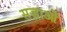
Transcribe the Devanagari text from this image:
सज़ाओं